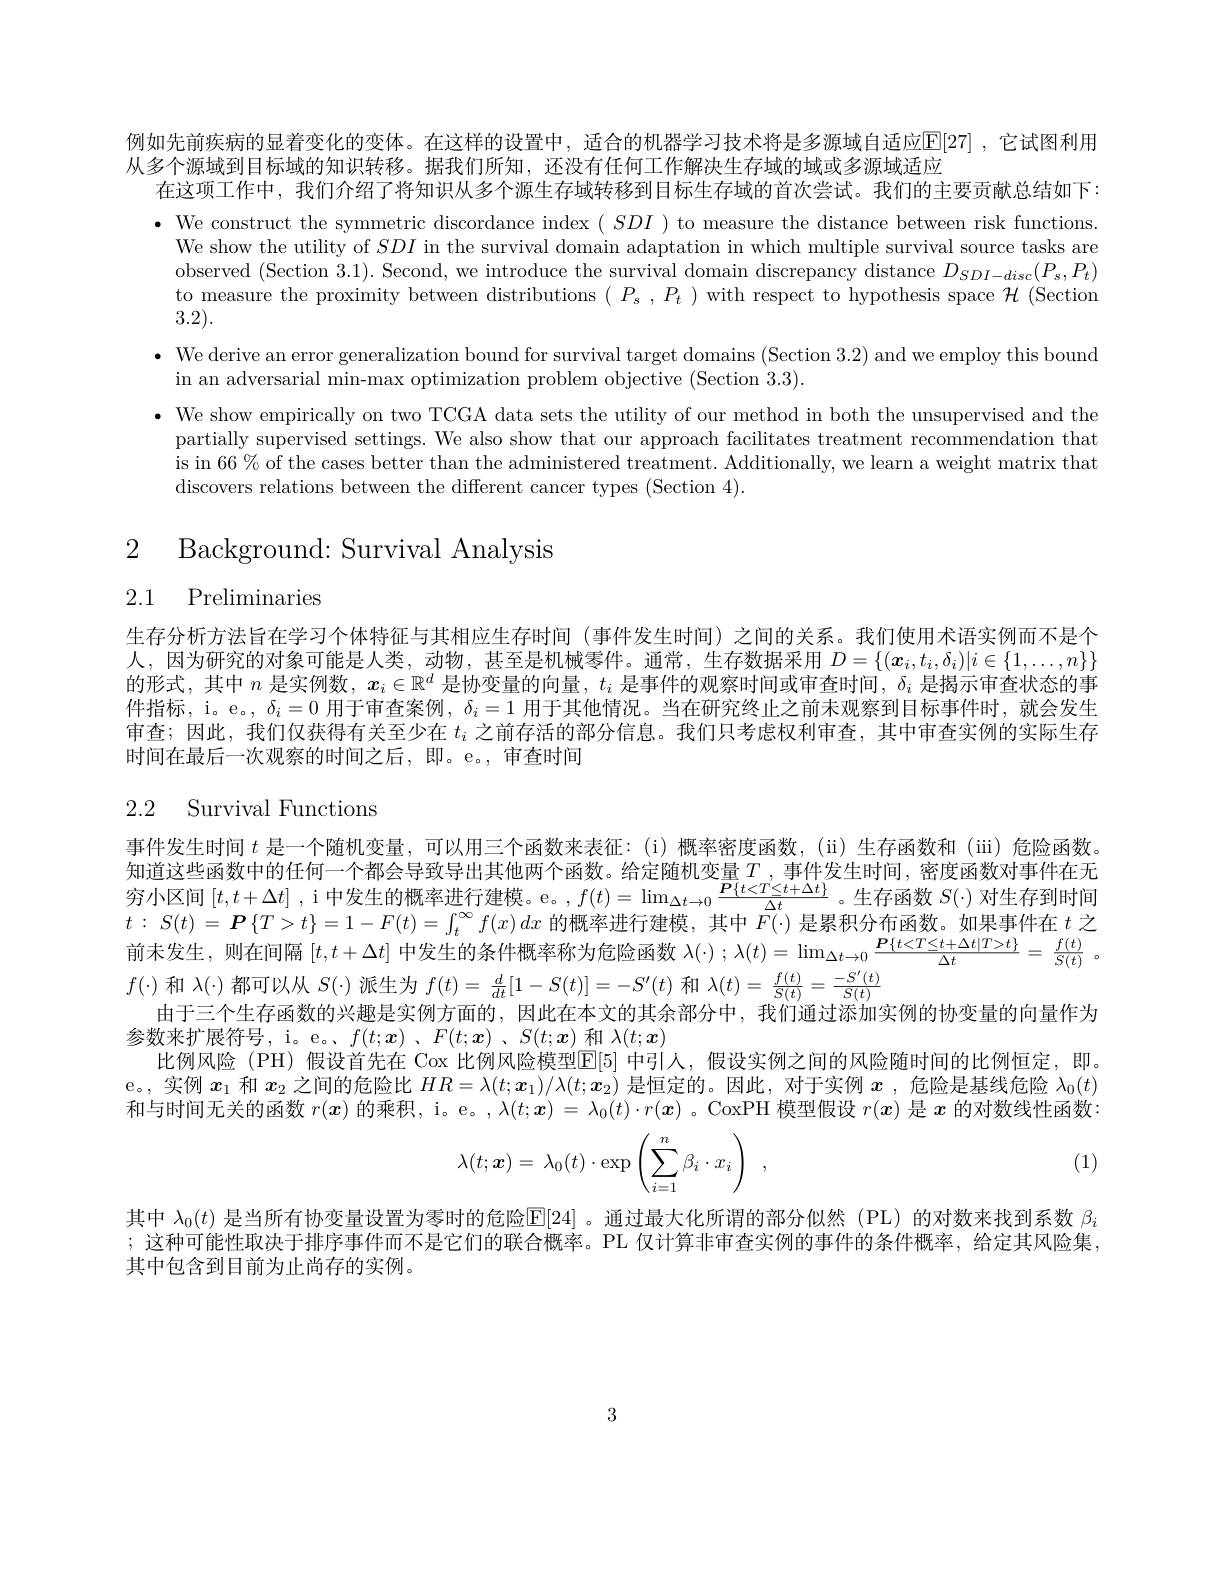
例如先前疾病的显着变化的变体。在这样的设置中，适合的机器学习技术将是多源域自适应$\mathbb{E}[27]$ ,它试图利用
从多个源域到目标域的知识转移。据我们所知，还没有任何工作解决生存域的域或多源域适应
在这项工作中，我们介绍了将知识从多个源生存域转移到目标生存域的首次尝试。我们的主要贡献总结如下： $\bullet$ We construct the symmetric discordance index $(SDI)$ to measure the distance between risk functions.
We show the utility of $SDI$ in the survival domain adaptation in which multiple survival source tasks are observed (Section 3.1). Second, we introduce the survival domain discrepancy distance $D_{SDI-disc}(P_{s},P_{t})$ to measure the proximity between distributions $(P_s,P_t)$ with respect to hypothesis space $\mathcal{H}$ (Section 3.2).
$\bullet$ We derive an error generalization bound for survival target domains (Section 3.2) and we employ this bound
in an adversarial min-max optimization problem objective (Section 3.3).
· We show empirically on two TCGA data sets the utility of our method in both the unsupervised and the
partially supervised settings. We also show that our approach facilitates treatment recommendation that is in 66% of the cases better than the administered treatment. Additionally, we learn a weight matrix that discovers relations between the different cancer types (Section 4).

2 Background: Survival Analysis

2.1 Preliminaries

生存分析方法旨在学习个体特征与其相应生存时间(事件发生时间)之间的关系。我们使用术语实例而不是个人，因为研究的对象可能是人类，动物，甚至是机械零件。通常，生存数据采用$D=\{(\boldsymbol{x}_i,t_i,\delta_i)|i\in\{1,\ldots,n\}\}$ 的形式，其中$n$是实例数，$\boldsymbol{x}_i\in\mathbb{R}^d$是协变量的向量$,t_i$是事件的观察时间或审查时间，$\delta_i$是揭示审查状态的事件指标，i。e。, $\delta_i=0$用于审查案例，$\delta_i=1$用于其他情况。当在研究终止之前未观察到目标事件时，就会发生审查；因此，我们仅获得有关至少在$t_i$之前存活的部分信息。我们只考虑权利审查，其中审查实例的实际生存时间在最后一次观察的时间之后，即。e。, 审查时间

# 2.2 Survival Functions

事件发生时间$t$是一个随机变量，可以用三个函数来表征：(i)概率密度函数，(ii)生存函数和(iii)危险函数。知 道 这 些 函 数 中 的 任 何 一 个 都 会 导 致 导 出 其 他 两 个 函 数 。给 定 随 机 变 量 $T$, 事 件 发 生 时 间 , 密 度 函 数 对 事 件 在 无 穷 小 区 间 $[ t, t+ \Delta t]$ , i 中 发 生 的 概 率 进 行 建 模 。e。$, f( t) = \lim _{\Delta t\to 0}\frac {P\{ t< T\leq t+ \Delta t\} }{\Delta t}$。生 存 函 数 $S( \cdot )$ 对 生 存 到 时 间$t:S(t)=\boldsymbol{P}\left\{T>t\right\}=1-F(t)=\int_{t}^{\infty}f(x)dx$的概率进行建模，其中$F(\cdot)$是累积分布函数。如果事件在$t$之前末发生，则在间隔$[t,t+\Delta t]$中发生的条件概率称为危险函数$\lambda(\cdot);\lambda(t)=\lim_{\Delta t\to0}\frac{\boldsymbol{P}\{t<T\leq t+\Delta t|T>t\}}{\Delta t}=\frac{f(t)}{S(t)}$ 。$f(\cdot)$和$\lambda(\cdot)$都可以从$S(\cdot)$派生为$f(t)=\frac d{dt}[1-S(t)]=-S^{\prime}(t)$和$\lambda(t)=\frac{f(t)}{S(t)}=\frac{-S^{\prime}(t)}{S(t)}$ 由于三个生存函数的兴趣是实例方面的，因此在本文的其余部分中，我们通过添加实例的协变量的向量作为参数来扩展符号，i。e。$f( t; \boldsymbol{x})$ , $F( t; \boldsymbol{x})$ , $S( t; \boldsymbol{x})$和$\lambda(t;\boldsymbol{x})$
比例风险(PH)假设首先在 Cox 比例风险模型$\mathbb{E}[5]$ 中引人，假设实例之间的风险随时间的比例恒定，即。e。,实例$x_1$和$x_2$之间的危险比$HR=\lambda(t;\boldsymbol{x}_1)/\lambda(t;\dot{\boldsymbol{x}}_2)$是恒定的。因此，对于实例$\boldsymbol{x}$ ,危险是基线危险$\lambda_0(t)$ 和与时间无关的函数$r(x)$的乘积，i。e。, $\lambda(t;\boldsymbol{x})=\lambda_0(t)\cdot r(\boldsymbol{x})$ 。CoxPH 模型假设$r(\boldsymbol{x})$是$\boldsymbol{x}$的对数线性函数：
$$\lambda(t;\boldsymbol{x})=\:\lambda_0(t)\cdot\exp\left(\sum_{i=1}^n\beta_i\cdot x_i\right)\:,$$
(1)

其中$\lambda_0(t)$是当所有协变量设置为零时的危险$\mathbb{E}[24]$ 。通过最大化所谓的部分似然(PL)的对数来找到系数$\beta_i$ ;这种可能性取决于排序事件而不是它们的联合概率。PL 仅计算非审查实例的事件的条件概率，给定其风险集， 其中包含到目前为止尚存的实例。

3